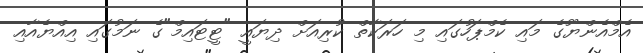
އެމްއެންޔޫގެ މައި ކެމްޕަހުގައި މި ހަރަކާތް ކުރިއަށް ދިޔައީ "ޓީޓައިމް"ގެ ނަމުގައި އިއްޔެއާއި